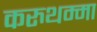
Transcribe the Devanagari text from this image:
करुथम्मा